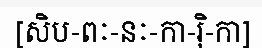
[សិប-ពៈ-នៈ-កា-រ៉ិ-កា]